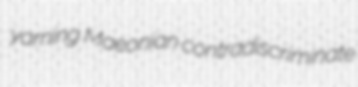
yarning Maeonian contradiscriminate